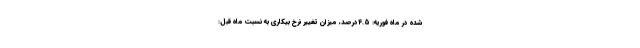
شده در ماه فوریه: ۴.۵درصد، میزان تغییر نرخ بیکاری به نسبت ماه قبل: